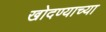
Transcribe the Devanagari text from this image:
खोदण्याच्या